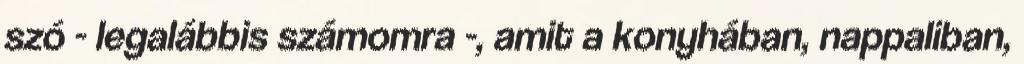
szó - legalábbis számomra -, amit a konyhában, nappaliban,